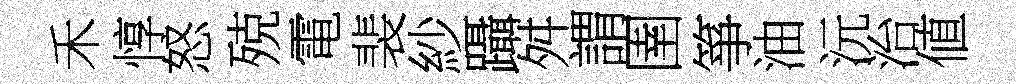
禾惇怒殑電裴紗躡舛謂圉箏油沅治値